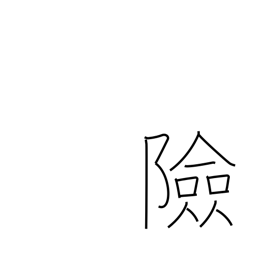
Meaning: impregnable position